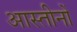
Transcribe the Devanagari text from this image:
आस्तीनों